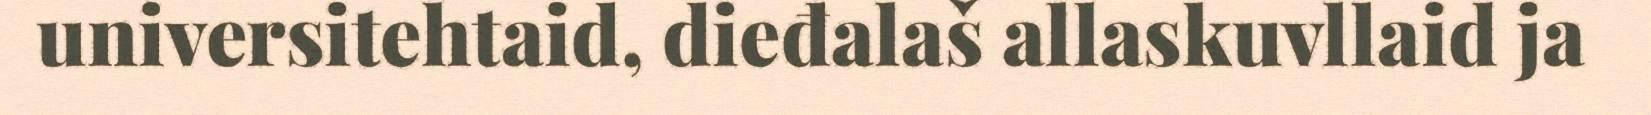
universitehtaid, dieđalaš allaskuvllaid ja